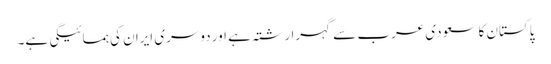
پاکستان کا سعودی عرب سے گہرا رشتہ ہے اور دوسری ایران کی ہمسائیگی ہے۔